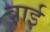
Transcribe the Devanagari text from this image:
त्राई